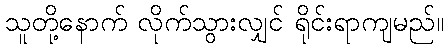
သူတို့နောက် လိုက်သွားလျှင် ရိုင်းရာကျမည်။